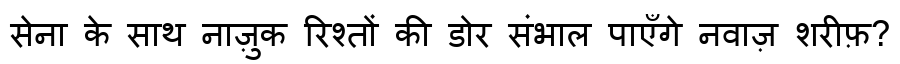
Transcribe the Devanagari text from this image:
सेना के साथ नाज़ुक रिश्तों की डोर संभाल पाएँगे नवाज़ शरीफ़?